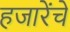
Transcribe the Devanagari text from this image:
हजारेंचे